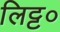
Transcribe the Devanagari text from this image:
लिट्ट०